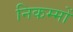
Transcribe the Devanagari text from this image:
निकम्मों